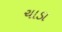
ચાડા